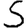
Digit: 5